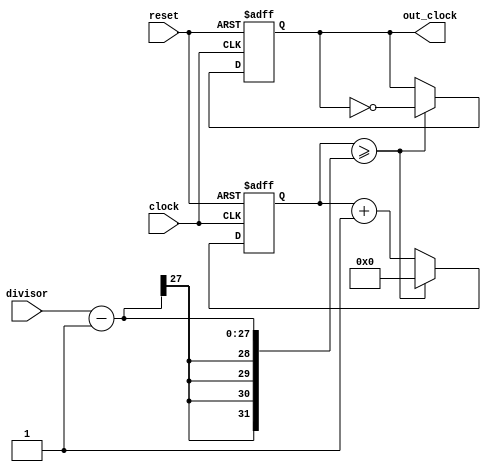
`timescale 1ns / 1ps
//////////////////////////////////////////////////////////////////////////////////
// Company: 
// Engineer: 
// 
// Design Name: 
// Module Name: frequency_converter
// Project Name: 
// Target Devices: 
// Tool Versions: 
// Description: 
// 
// Dependencies: 
// 
// Revision:
// Revision 0.01 - File Created
// Additional Comments:
// 
//////////////////////////////////////////////////////////////////////////////////


module frequency_converter(reset, clock, divisor, out_clock);
    input reset, clock;
    input [26:0] divisor;
    output reg out_clock;
    reg [26:0] counter = 0;
    
    initial out_clock = 0;    
    always @(posedge clock or posedge reset) 
    begin
        counter <= counter + 1;
        if (reset) begin
            out_clock <= 26'b0;
            counter <= 0;
        end
        else begin
            if (counter >= divisor - 1) begin
                counter <= 0;
                out_clock <= ~out_clock;
            end
        end
    end
endmodule